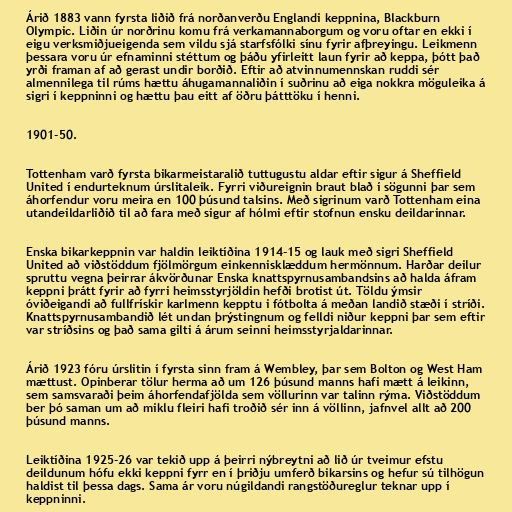
Árið 1883 vann fyrsta liðið frá norðanverðu Englandi keppnina, Blackburn
Olympic. Liðin úr norðrinu komu frá verkamannaborgum og voru oftar en ekki í
eigu verksmiðjueigenda sem vildu sjá starfsfólki sínu fyrir afþreyingu. Leikmenn
þessara voru úr efnaminni stéttum og þáðu yfirleitt laun fyrir að keppa, þótt það
yrði framan af að gerast undir borðið. Eftir að atvinnumennskan ruddi sér
almennilega til rúms hættu áhugamannaliðin í suðrinu að eiga nokkra möguleika á
sigri í keppninni og hættu þau eitt af öðru þátttöku í henni.

1901-50.

Tottenham varð fyrsta bikarmeistaralið tuttugustu aldar eftir sigur á Sheffield
United í endurteknum úrslitaleik. Fyrri viðureignin braut blað í sögunni þar sem
áhorfendur voru meira en 100 þúsund talsins. Með sigrinum varð Tottenham eina
utandeildarliðið til að fara með sigur af hólmi eftir stofnun ensku deildarinnar.

Enska bikarkeppnin var haldin leiktíðina 1914-15 og lauk með sigri Sheffield
United að viðstöddum fjölmörgum einkennisklæddum hermönnum. Harðar deilur
spruttu vegna þeirrar ákvörðunar Enska knattspyrnusambandsins að halda áfram
keppni þrátt fyrir að fyrri heimsstyrjöldin hefði brotist út. Töldu ýmsir
óviðeigandi að fullfrískir karlmenn kepptu i fótbolta á meðan landið stæði í stríði.
Knattspyrnusambandið lét undan þrýstingnum og felldi niður keppni þar sem eftir
var stríðsins og það sama gilti á árum seinni heimsstyrjaldarinnar.

Árið 1923 fóru úrslitin í fyrsta sinn fram á Wembley, þar sem Bolton og West Ham
mættust. Opinberar tölur herma að um 126 þúsund manns hafi mætt á leikinn,
sem samsvaraði þeim áhorfendafjölda sem völlurinn var talinn rýma. Viðstöddum
ber þó saman um að miklu fleiri hafi troðið sér inn á völlinn, jafnvel allt að 200
þúsund manns.

Leiktíðina 1925-26 var tekið upp á þeirri nýbreytni að lið úr tveimur efstu
deildunum hófu ekki keppni fyrr en í þriðju umferð bikarsins og hefur sú tilhögun
haldist til þessa dags. Sama ár voru núgildandi rangstöðureglur teknar upp í
keppninni.